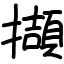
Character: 撷